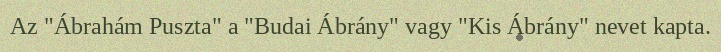
Az "Ábrahám Puszta" a "Budai Ábrány" vagy "Kis Ábrány" nevet kapta.